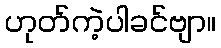
ဟုတ်ကဲ့ပါခင်ဗျာ။